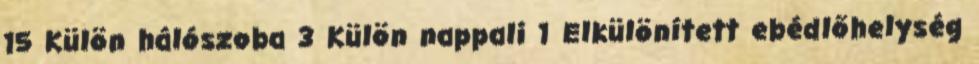
15 Külön hálószoba 3 Külön nappali 1 Elkülönített ebédlőhelység